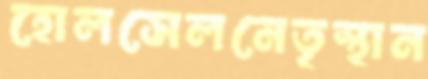
হোলসেলনেতৃস্থান